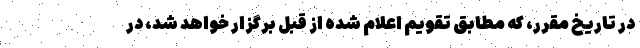
در تاریخ مقرر، که مطابق تقویم اعلام شده از قبل برگزار خواهد شد، در